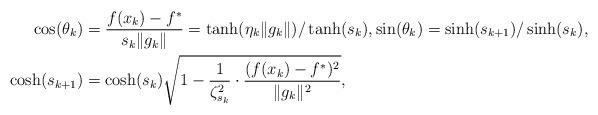
LaTeX: \begin{align*} \cos(\theta_k) &= \frac{f(x_k) - f^*}{s_k \|g_k\|} = \tanh(\eta_k \|g_k\|) / \tanh(s_k), \sin(\theta_k) = \sinh(s_{k+1}) / \sinh(s_k), \\ \cosh(s_{k+1}) &= \cosh(s_k) \sqrt{1 - \frac{1}{\zeta_{s_k}^2} \cdot \frac{(f(x_k) - f^*)^2}{\|g_k\|^2}},\end{align*}